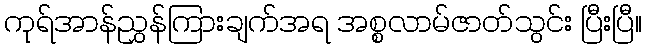
ကုရ်အာန်ညွှန်ကြားချက်အရ အစ္စလာမ်ဇာတ်သွင်း ပြီးပြီ။